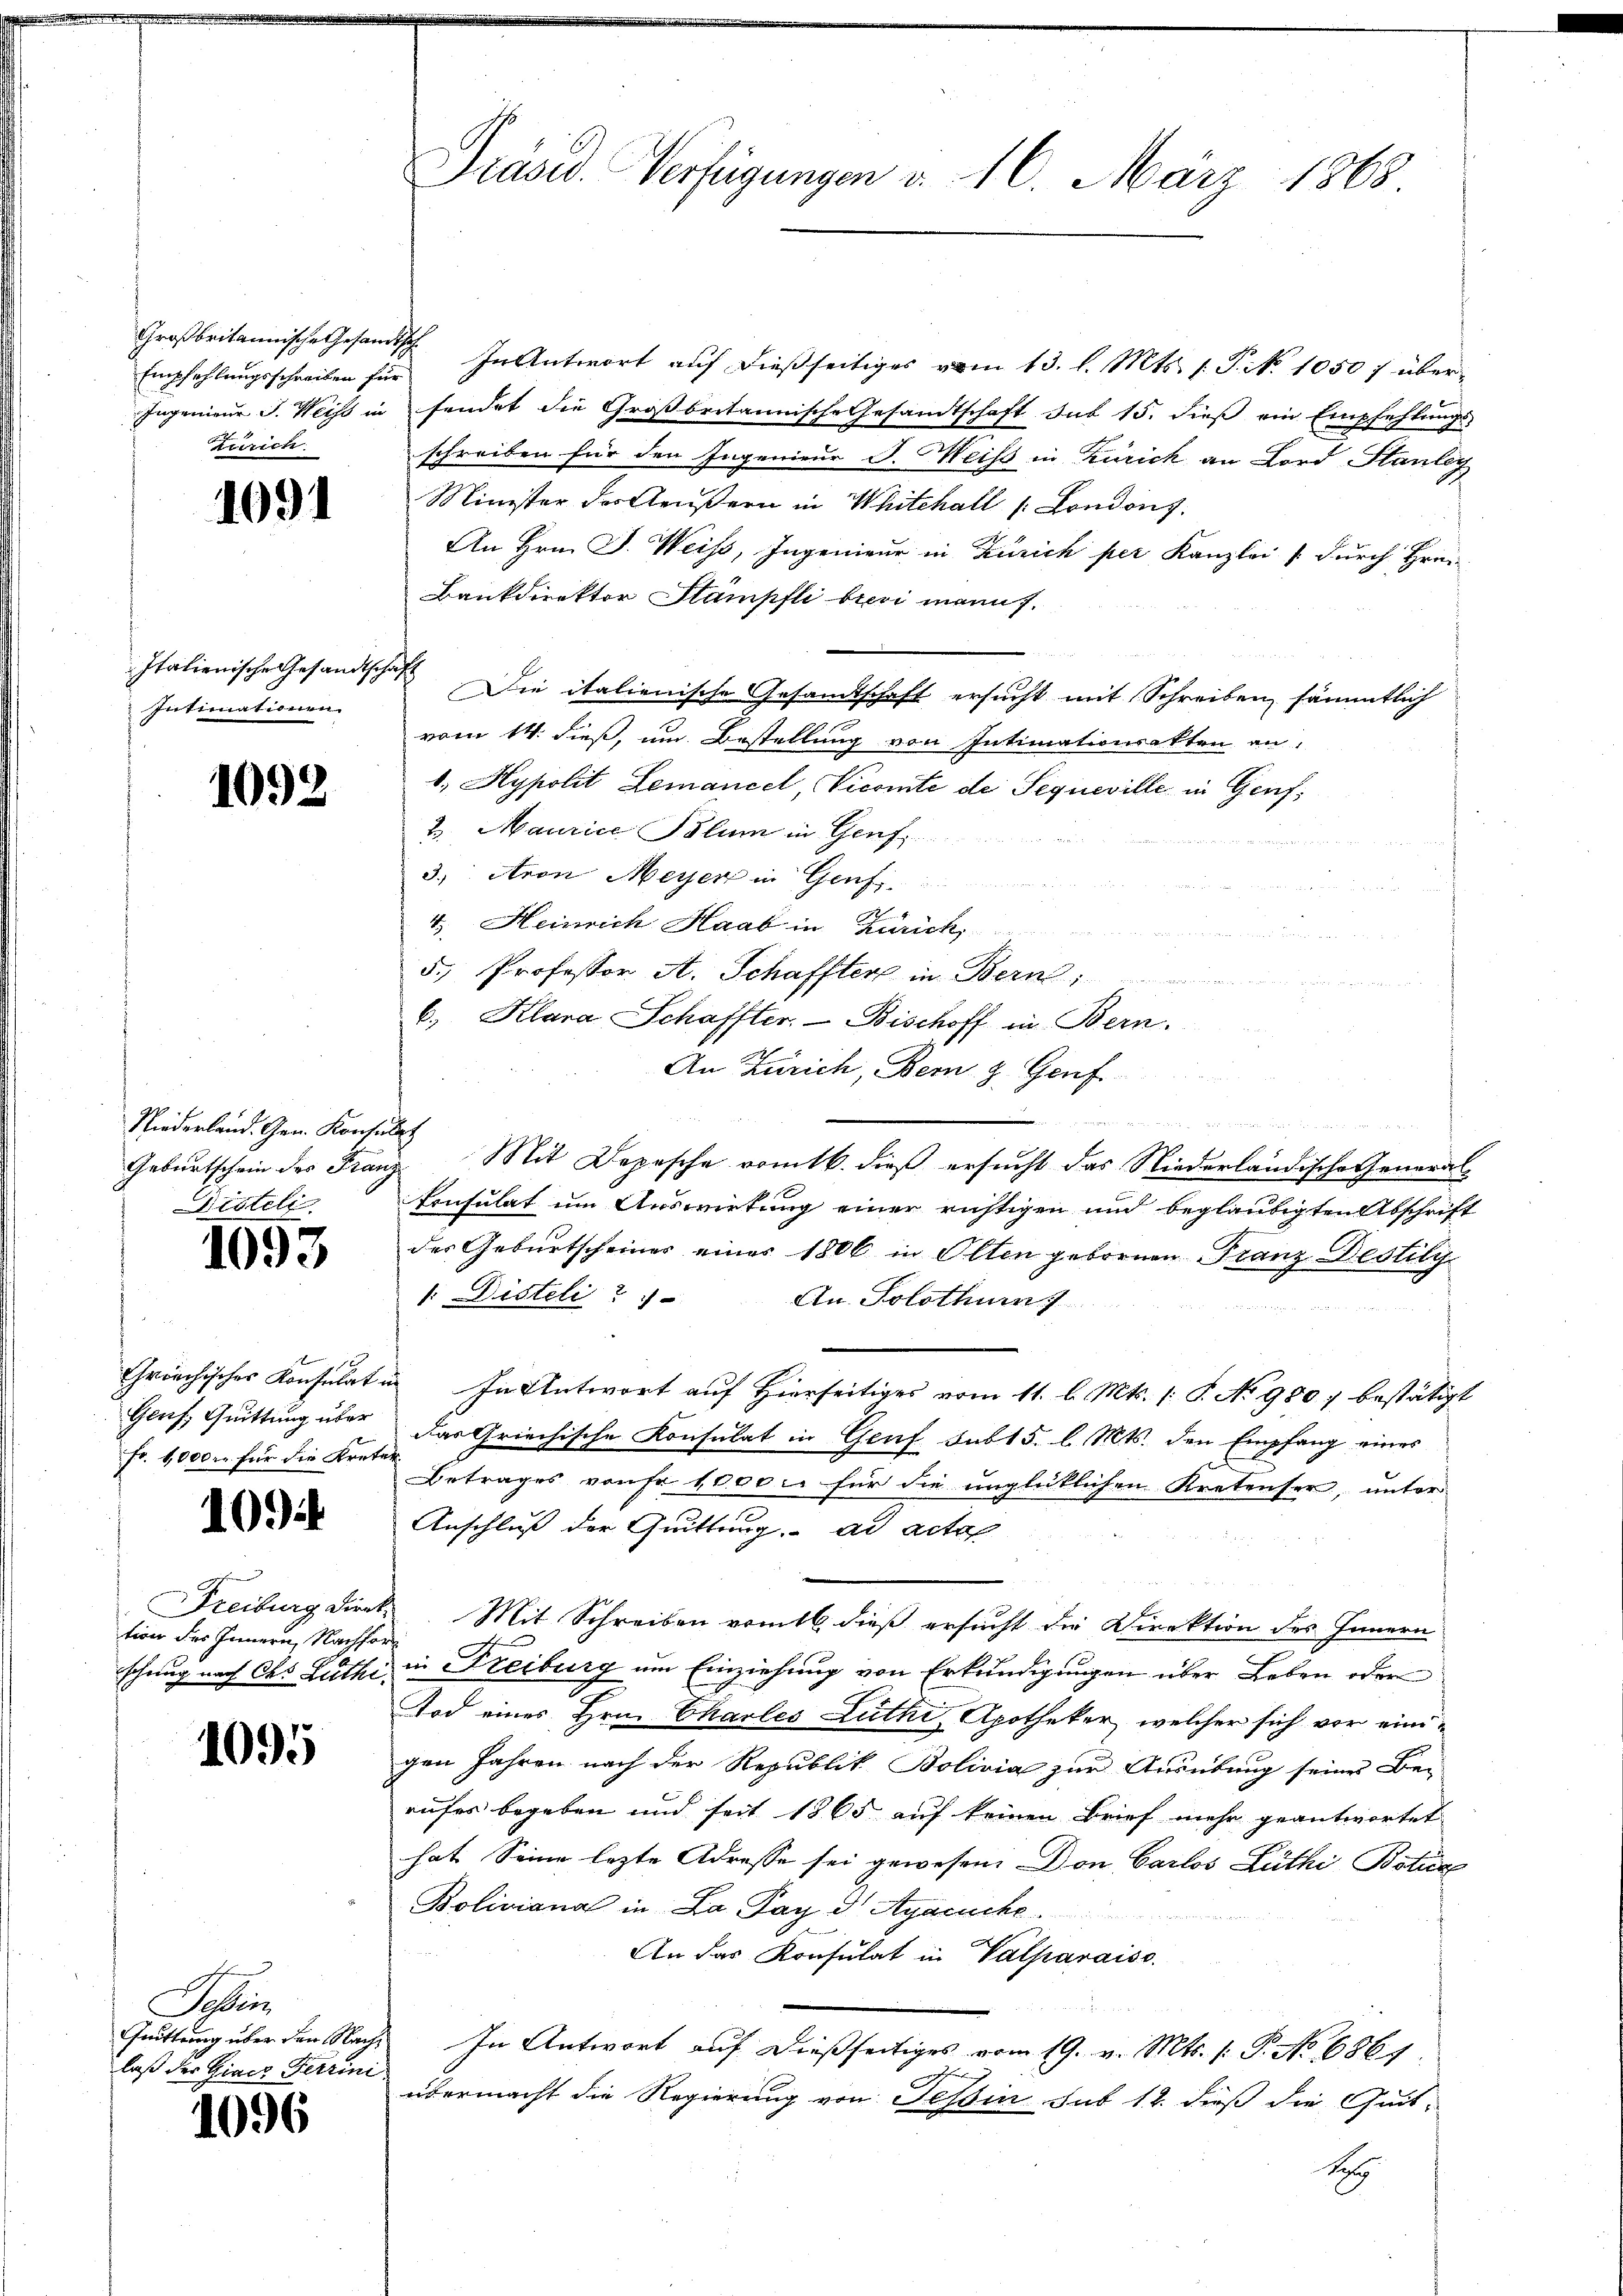
Großbritannische Gesandt
Empfehlungsschreiben für
Ingenieur J. Weise in
Zürich

.

1091

Italienische Gesandtsch
Intimationen.

1092

Niederland. Gen. Konse
Geburtschein des Franz
Destell

1093

Chronchischer Konsulat
Genf, Quittung über
Fr. 10000 für die Krete

1094

Freiburg Direk
tion des Innern, Nachfor
schung nach des Zuthi

095

Allein
Quittung über den Nachlaß der Einer Ferrini

1096

Präsid. Verfügungen d. 16. März 1868.

In Antwort auf dießseitiges vom 13. l. Mts. 1. P. No 10507 übersendet die Großbritannische Gesandtschaft sub 15. dieβ ein Empfehlŭngs-
schreiben für den Ingenieur J. Weiss in Zürich an Lord Stanleg
Minister der Aeußern in Whitchall /: Londons.
An Hrn. J. Weiss, Ingenieur in Zürich per Kanzlei (durch Hrn.
Bankdirektor Stampfli bei mann.
 Die italienische Gesamtschaft ersucht mit Schreiben sämmtlich
vom 14. dieß, um Bestellung von Intimationsakten an:
1. Hypolit Lemaniel, Vicomte de Sequeville in Genf,
2. Maurice Pölum in Genf
3., Aron Meyer in Genf
4. Heinrich Haab in Zürich,
s
5. Professor A. Schaffter in Bern,

u
6.) Klara Schaffter. – Bischoff in Bern.
An Zürich, Bern z. Genf
h
Mit Depesche romtb. dieß ersucht das Niederländische General¬
Consulat um Auswirkung einer richtigen und beglaubigten Abschrift
der Geburtscheiner einer 1806 in Olten gebornen Franz Bestili
/: Disteli
An Solothurg
In Antwort auf Hierseitiges vom 11. l. Mts. 1. P. No 9807 bestätigt
Das Griechische Konsulat in Genf sub 15. l. Mts. den Empfang eines
Betrages von Fr. 1000. für die unglücklichen Kretenser, unter
Anschluß der Quittung. ad acte
Mit Schreiben vom 16 dieß ersucht die Direktion des Innern
in Freiburg um Einziehung von Erkundigungen über Leben oder
Tod eines Hrn. Charles Luthi, Apotheker, welcher sich vor einigen Jahren nach der Republik Bolivia zur Ausübung seines Be-
rufes begeben und seit 1865 auf keinen Brief mehr geantwortet
hat. Seine lezte Adresse sei gewesen. Don Carlos Lüthi Botur
Boliviana in La Pay d. Agasuche.
An das Konsulat in Valparaiso
In Antwort auf dießseitiges vom 19. v. Mts. 1. P. No 6861.
übermacht die Regierung von Tessin, sub 12. dieß die Quit-
1

n